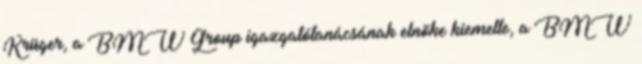
Krüger, a BMW Group igazgatótanácsának elnöke kiemelte, a BMW